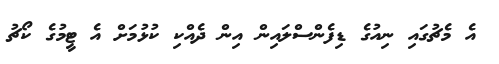
އެ މެޗުގައި ނިއުގެ ޑިފެންސްލައިން އިން ދެއްކި ކުޅުމަށް އެ ޓީމުގެ ކޯޗު